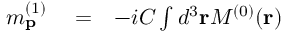
\begin{array} { r l r } { m _ { \mathbf { p } } ^ { ( 1 ) } } & { { } = } & { - i { \cal C } \int d ^ { 3 } \mathbf { r } { \cal M } ^ { ( 0 ) } ( \mathbf { r } ) } \end{array}